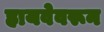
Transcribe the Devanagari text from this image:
हायवेवरून